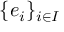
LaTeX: \{ e _ { i } \} _ { i \in I }